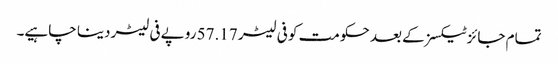
تمام جائز ٹیکسز کے بعد حکومت کو فی لیٹر 57.17 روپے فی لیٹر دینا چاہیے۔